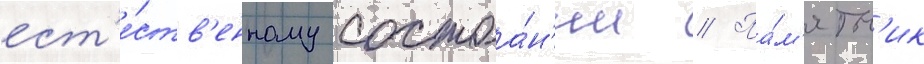
ест'е́ств'енному состоа́н'ии // Па́м'ятн'ик